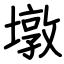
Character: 墩